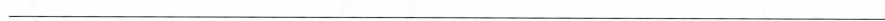
___